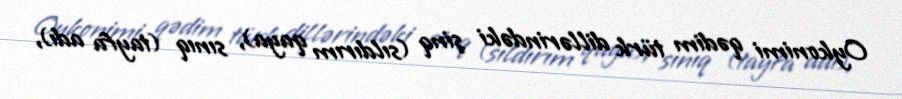
Oykonimi qədim türk dillərindəki şinq (sıldırım qaya), sınıq (tayfa adı),